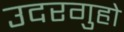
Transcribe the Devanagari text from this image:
उदरगुहो